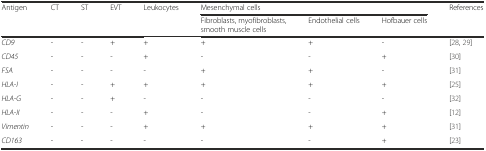
| <ROWSPAN=2> Antigen | <ROWSPAN=2> CT | <ROWSPAN=2> ST | <ROWSPAN=2> EVT | <ROWSPAN=2> Leukocytes | <COLSPAN=3> Mesenchymal cells | <ROWSPAN=2> References |
 | Fibroblasts, myofibroblasts, smooth muscle cells | Endothelial cells | Hofbauer cells |
 | --- | --- | --- | --- | --- | --- | --- | --- | --- |
 | CD9 | - | - | + | + | + | + | - | [28, 29] |
 | CD45 | - | - | - | + | - | - | + | [30] |
 | FSA | - | - | - | - | + | + | - | [31] |
 | HLA-I | - | - | + | + | + | + | + | [25] |
 | HLA-G | - | - | + | - | - | - | - | [32] |
 | HLA-II | - | - | - | + | - | - | + | [12] |
 | Vimentin | - | - | - | + | + | + | + | [31] |
 | CD163 | - | - | - | - | - | - | + | [23] |